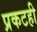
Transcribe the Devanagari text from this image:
प्रकटही